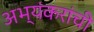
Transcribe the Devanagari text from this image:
अभ्यंकरांची